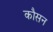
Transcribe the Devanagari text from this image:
कौसन